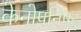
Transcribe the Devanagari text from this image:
केनोपनिषद्